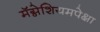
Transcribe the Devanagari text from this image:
मॅग्नेशियमपेक्षा